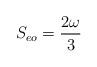
LaTeX: \begin{align*}S_{eo} = {{2 \omega} \over {3}} \end{align*}